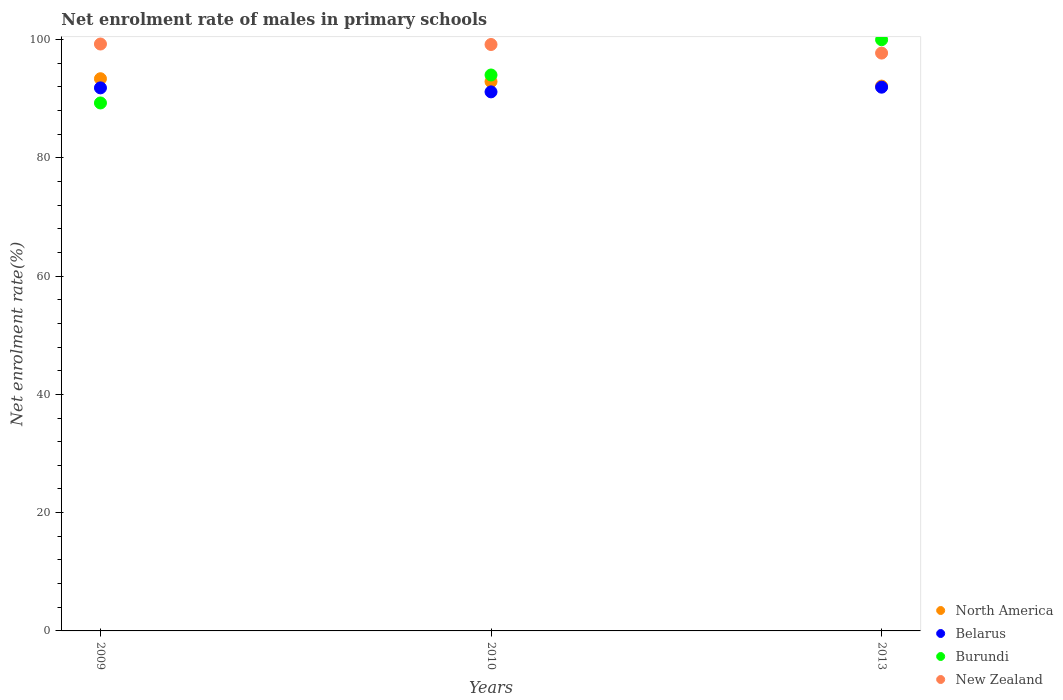
| Years | North America | Belarus | Burundi | New Zealand |
 | --- | --- | --- | --- | --- |
 | 2009 | 93.4 | 91.8 | 89.3 | 99.2 |
 | 2010 | 92.9 | 91.1 | 94 | 99.1 |
 | 2013 | 92.1 | 91.9 | 100 | 97.7 |